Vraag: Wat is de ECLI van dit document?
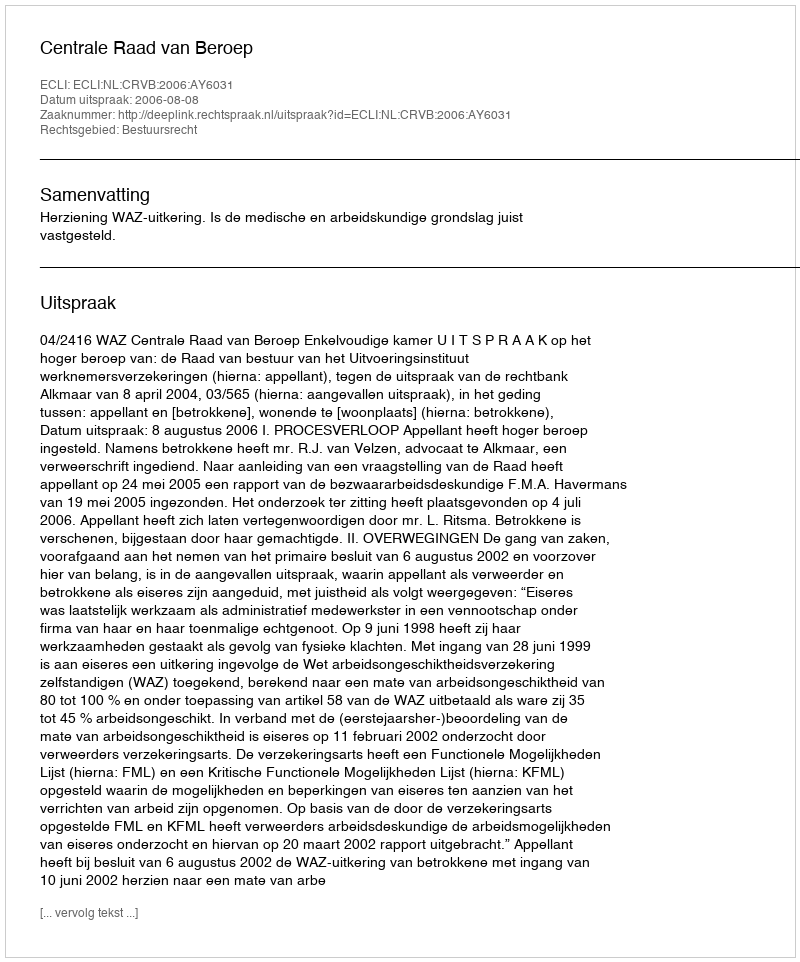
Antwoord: ECLI:NL:CRVB:2006:AY6031